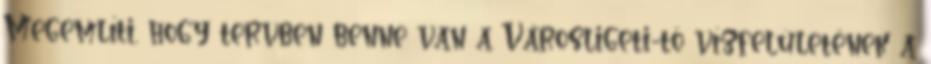
Megemlíti, hogy tervben benne van a Városligeti-tó vízfelületének a